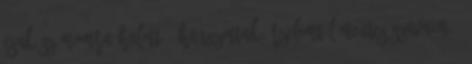
Csak számomra halott - hangzottak érzelemtől mentes szavaim -